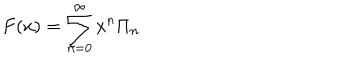
F ( x ) = \sum _ { n = 0 } ^ { \infty } x ^ { n } \Pi _ { n }